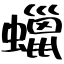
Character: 蠟